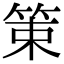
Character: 䇿